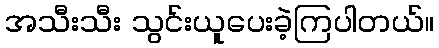
အသီးသီး သွင်းယူပေးခဲ့ကြပါတယ်။